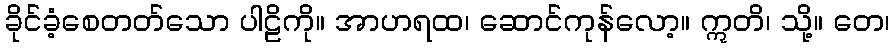
ခိုင်ခံ့စေတတ်သော ပါဠိကို။ အာဟရထ၊ ဆောင်ကုန်လော့။ ဣတိ၊ သို့။ တေ၊